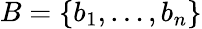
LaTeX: B=\{ b_{1},\ldots,b_{n}\}